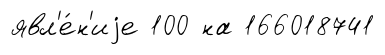
явл'е́н'иjе 100 на 166018741